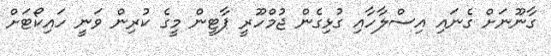
ގާނޫނަށް ގެނައި އިސްލާހާއި ގުޅިގެން ޖުމްހޫރީ ޕާޓީން މީގެ ކުރިން ވަނީ ހައިކޯޓަށް